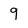
Character: 9